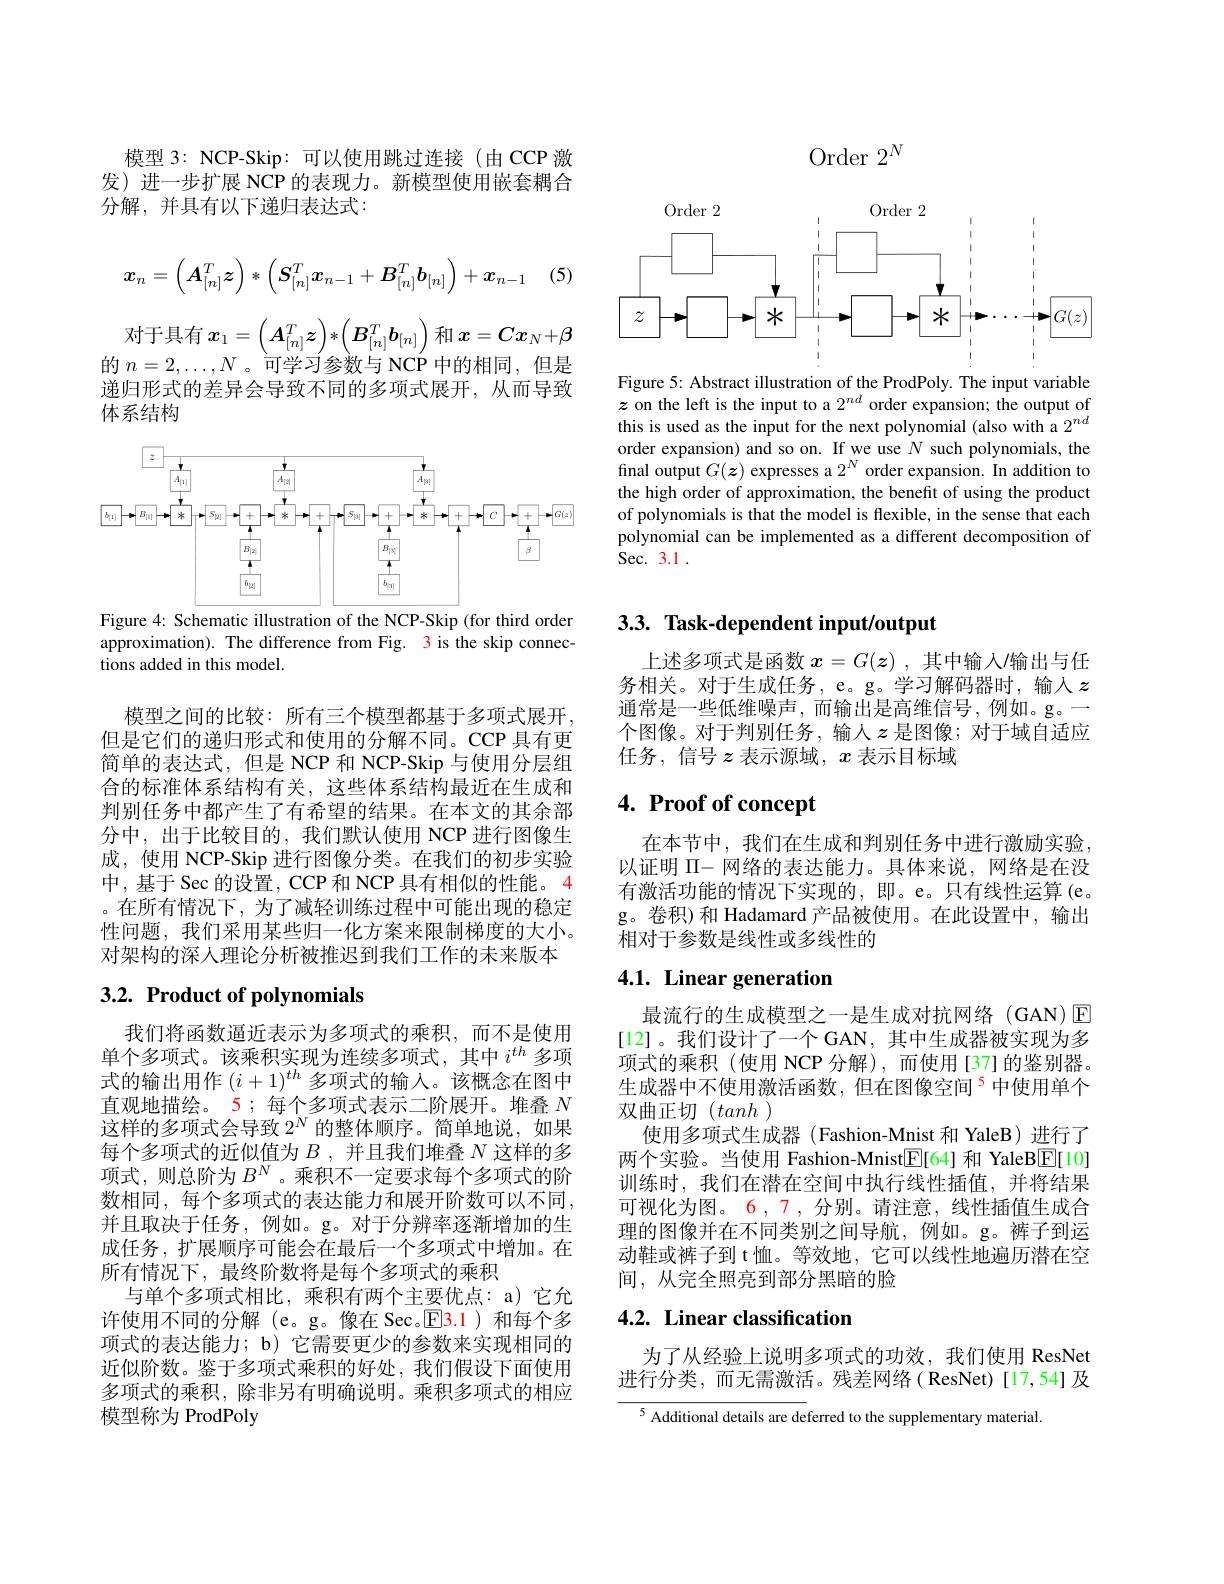
模型 3: NCP-Skip:可以使用跳过连接(由 CCP 激发)进一步扩展 NCP 的表现力。新模型使用嵌套耦合分解，并具有以下递归表达式：

(5)
$$\boldsymbol{x}_n=\left(\boldsymbol{A}_{[n]}^T\boldsymbol{z}\right)*\left(\boldsymbol{S}_{[n]}^T\boldsymbol{x}_{n-1}+\boldsymbol{B}_{[n]}^T\boldsymbol{b}_{[n]}\right)+\boldsymbol{x}_{n-1}$$
对于具有$x_1=\left(\boldsymbol{A}_[n]^T\boldsymbol{z}\right)*\left(\boldsymbol{B}_{[n]}^T\boldsymbol{b}_{[n]}\right)$和$x=\boldsymbol C\boldsymbol{x}_N+\boldsymbol{\beta}$ 的$n=2,\ldots,N$ 。可学习参数与 NCP 中的相同，但是递归形式的差异会导致不同的多项式展开，从而导致体系结构

<FigureHere>

Figure 4: Schematic illustration of the NCP-Skip (for third order approximation). The difference from Fig. 3 is the skip connections added in this model.

模型之间的比较：所有三个模型都基于多项式展开， 但是它们的递归形式和使用的分解不同。CCP 具有更简单的表达式，但是 NCP 和 NCP-Skip 与使用分层组合的标准体系结构有关，这些体系结构最近在生成和判别任务中都产生了有希望的结果。在本文的其余部分中，出于比较目的，我们默认使用 NCP 进行图像生成，使用 NCP-Skip 进行图像分类。在我们的初步实验中，基于 Sec 的设置，CCP 和 NCP 具有相似的性能。4 。在所有情况下，为了减轻训练过程中可能出现的稳定性问题，我们采用某些归一化方案来限制梯度的大小。对架构的深入理论分析被推迟到我们工作的未来版本

# $3. 2. \textbf{ Product of polynomials}$

我们将函数逼近表示为多项式的乘积，而不是使用单个多项式。该乘积实现为连续多项式，其中$i^{th}$多项式的输出用作$(i+1)^{th}$多项式的输入。该概念在图中直观地描绘。5; 每个多项式表示二阶展开。堆叠$N$ 这样的多项式会导致$2^N$的整体顺序。简单地说，如果每个多项式的近似值为$B$ , 并且我们堆叠$N$这样的多项式，则总阶为$B^N$ 。乘积不一定要求每个多项式的阶数相同，每个多项式的表达能力和展开阶数可以不同， 并且取决于任务，例如。g。对于分辨率逐渐增加的生成任务，扩展顺序可能会在最后一个多项式中增加。在所有情况下，最终阶数将是每个多项式的乘积
与单个多项式相比，乘积有两个主要优点：a) 它允许使用不同的分解(e。g。像在 Sec。$\color{red}{\mathrm{E}}\color{red}{\mathrm{E}}\color{red}{\mathrm{3}}\color{red}{\mathrm{1}}$)和每个多项式的表达能力；b) 它需要更少的参数来实现相同的近似阶数。鉴于多项式乘积的好处，我们假设下面使用多项式的乘积，除非另有明确说明。乘积多项式的相应模型称为 ProdPoly

Order $2^N$

<FigureHere>

Figure 5: Abstract illustration of the ProdPoly. The input variable $z$ on the left is the input to a $2^{nd}$ order expansion; the output of this is used as the input for the next polynomial (also with a $2^{nd}$ order expansion) and so on. If we use $N$ such polynomials, the final output $G(\boldsymbol{z})$ expresses a $2^N$ order expansion. In addition to the high order of approximation, the benefit of using the product of polynomials is that the model is flexible, in the sense that each polynomial can be implemented as a different decomposition of Sec. 3.1 .

# 3.3. Task-dependent input/output

上述多项式是函数$x=G(z)$ ,其中输入/输出与任务相关。对于生成任务，e。g。学习解码器时，输入$z$ 通常是一些低维噪声，而输出是高维信号，例如。g。一个图像。对于判别任务，输入$z$ 是图像；对于域自适应任务，信号$z$表示源域，$x$表示目标域

## 4. Proof of concept

在本节中，我们在生成和判别任务中进行激励实验以证明$\Pi-$网络的表达能力。具体来说，网络是在没有激活功能的情况下实现的，即。e。只有线性运算 (e。g。卷积)和 Hadamard 产品被使用。在此设置中，输出相对于参数是线性或多线性的

## 4.1. Linear generation

最流行的生成模型之一是生成对抗网络(GAN)$\operatorname{E}$ [12]。我们设计了一个 GAN, 其中生成器被实现为多项式的乘积(使用 NCP 分解),而使用[37]的鉴别器。生成器中不使用激活函数，但在图像空间$^{5}$中使用单个双曲正切$(tanh)$
使用多项式生成器 (Fashion-Mnist 和 YaleB)进行了两个实验。当使用 Fashion-Mnist$\boxed{\mathrm{E}}[64]$和 YaleB$\boxed{\mathrm{E}}[10]$ 训练时，我们在潜在空间中执行线性插值，并将结果可视化为图。6,7,分别。请注意，线性插值生成合理的图像并在不同类别之间导航，例如。g。裤子到运动鞋或裤子到 t 恤。等效地，它可以线性地遍历潜在空间，从完全照亮到部分黑暗的脸

## 4.2. Linear classification

为了从经验上说明多项式的功效，我们使用 ResNet 进行分类，而无需激活。残差网络(ResNet)[17,54]及

${^{5}\text{Additional details are de}}$ferred to the supplementary material.